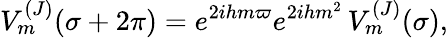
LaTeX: V_{m}^{(J)}(\sigma+2\pi)=e^{2ihm\varpi}e^{2ihm^{2}}\, V_{m}^{(J)}(\sigma),